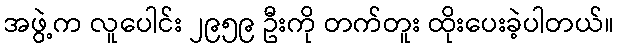
အဖွဲ့က လူပေါင်း ၂၉၅၉ ဦးကို တက်တူး ထိုးပေးခဲ့ပါတယ်။